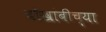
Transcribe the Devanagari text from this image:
चौखांबीच्या